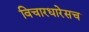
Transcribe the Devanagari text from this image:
विचारधारेसच